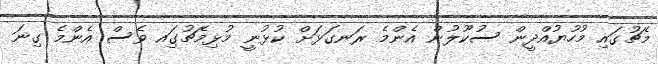
މެޗުގައި މުހުޔުއްދީން ސުކޫލުން އެންމެ ރަނގަޅަށް ކުޅުނީ މުޅިމެޗުގަިއ ވެސް އެންމެ ގިނަ